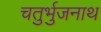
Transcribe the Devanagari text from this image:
चतुर्भुजनाथ